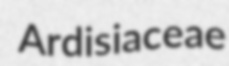
Ardisiaceae